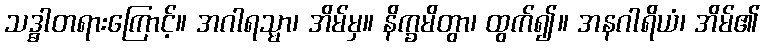
သဒ္ဓါတရားကြောင့်။ အဂါရသ္မာ၊ အိမ်မှ။ နိက္ခမိတွာ၊ ထွက်၍။ အနဂါရိယံ၊ အိမ်၏